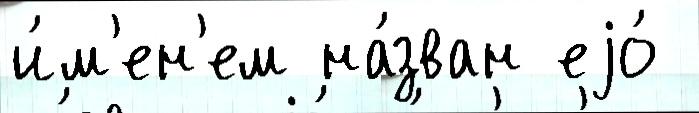
и́м'ен'ем на́зван еjо́